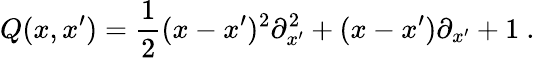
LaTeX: Q(x,x^{\prime})=\frac{1}{2}(x-x^{\prime})^{2}{\partial}_{x^{\prime}}^{2}+(x-x^{\prime}){\partial}_{x^{\prime}}+1\ .